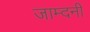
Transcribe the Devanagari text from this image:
जाम्दनी